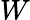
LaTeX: W